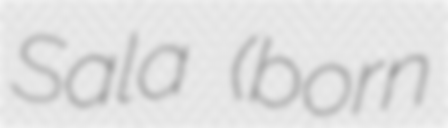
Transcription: Sala (born